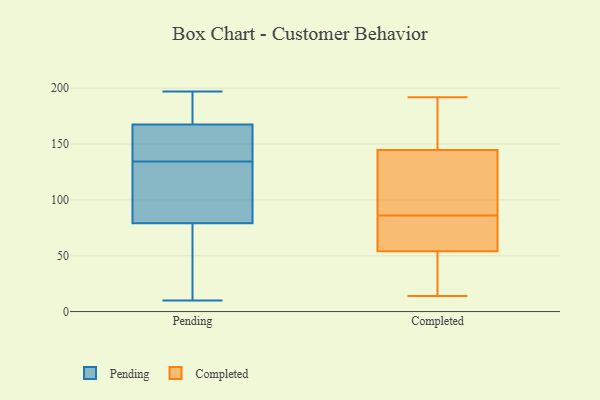
{"axis": {"x": "Tickets Resolved", "y": "Value"}, "legend": ["Completed", "Pending"], "data": [{"x": "", "y": 197, "type": "Pending"}, {"x": "", "y": 82, "type": "Pending"}, {"x": "", "y": 143, "type": "Pending"}, {"x": "", "y": 72, "type": "Pending"}, {"x": "", "y": 140, "type": "Pending"}, {"x": "", "y": 76, "type": "Pending"}, {"x": "", "y": 129, "type": "Pending"}, {"x": "", "y": 99, "type": "Pending"}, {"x": "", "y": 191, "type": "Pending"}, {"x": "", "y": 155, "type": "Pending"}, {"x": "", "y": 180, "type": "Pending"}, {"x": "", "y": 10, "type": "Pending"}, {"x": "", "y": 73, "type": "Completed"}, {"x": "", "y": 72, "type": "Completed"}, {"x": "", "y": 148, "type": "Completed"}, {"x": "", "y": 86, "type": "Completed"}, {"x": "", "y": 17, "type": "Completed"}, {"x": "", "y": 153, "type": "Completed"}, {"x": "", "y": 14, "type": "Completed"}, {"x": "", "y": 85, "type": "Completed"}, {"x": "", "y": 134, "type": "Completed"}, {"x": "", "y": 192, "type": "Completed"}, {"x": "", "y": 161, "type": "Completed"}, {"x": "", "y": 84, "type": "Completed"}, {"x": "", "y": 96, "type": "Completed"}, {"x": "", "y": 46, "type": "Completed"}, {"x": "", "y": 14, "type": "Completed"}, {"x": "", "y": 48, "type": "Completed"}, {"x": "", "y": 135, "type": "Completed"}, {"x": "", "y": 181, "type": "Completed"}, {"x": "", "y": 90, "type": "Completed"}]}